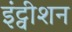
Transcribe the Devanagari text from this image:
इंट्वीशन